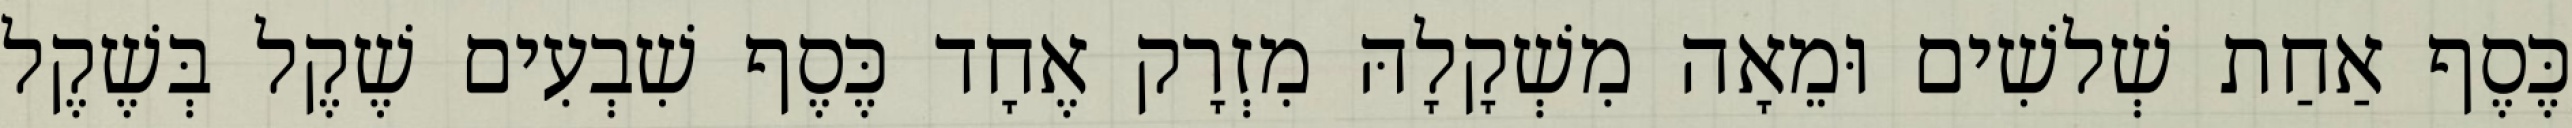
כֶּסֶף אַחַת שְׁלשִׁים וּמֵאָה מִשְׁקָלָהּ מִזְרָק אֶחָד כֶּסֶף שִׁבְעִים שֶׁקֶל בְּשֶׁקֶל